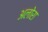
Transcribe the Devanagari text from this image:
अलोरा